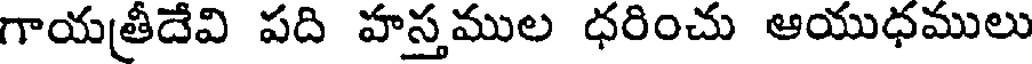
గాయత్రీదేవి పది హస్తముల ధరించు ఆయుధములు